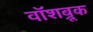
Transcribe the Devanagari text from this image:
वॉशब्रूक